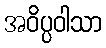
အဝိပ္ပဝါသာ